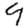
Digit: 9